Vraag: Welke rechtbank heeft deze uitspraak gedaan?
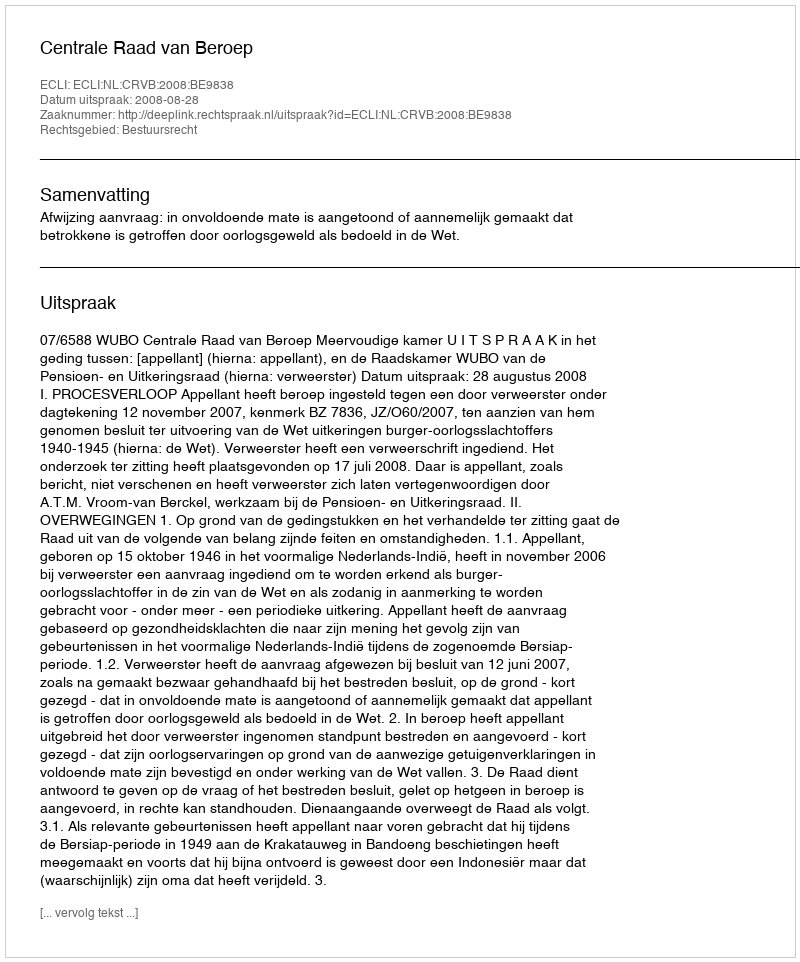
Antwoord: Centrale Raad van Beroep